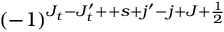
( - 1 ) ^ { J _ { t } - J _ { t } ^ { \prime } + + s + j ^ { \prime } - j + J + \frac { 1 } { 2 } }